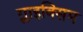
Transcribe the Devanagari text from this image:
ग्लाइक्सिम